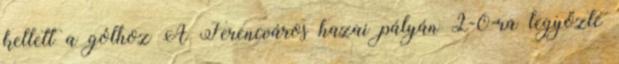
kellett a gólhoz A Ferencváros hazai pályán 2-0-ra legyőzte